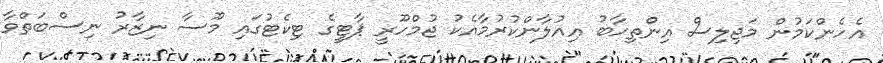
އެހެންކަމުން މަޖިލިސް އިންތިހާބު އިއުލާންކުރުމާއެކު ޖުމްހޫރީ ޕާޓީގެ ޓިކެޓުގައި މޫސާ ނިޒާރު ނިސްބަތްވާ